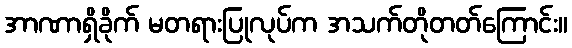
အာဏာရှိခိုက် မတရားပြုလုပ်က အသက်တိုတတ်ကြောင်း။